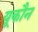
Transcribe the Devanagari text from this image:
यूकौन